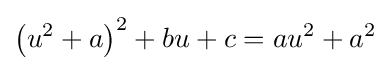
\left(u^{2}+a\right)^{2}+bu+c=au^{2}+a^{2}